Riigikantselei, lk 47
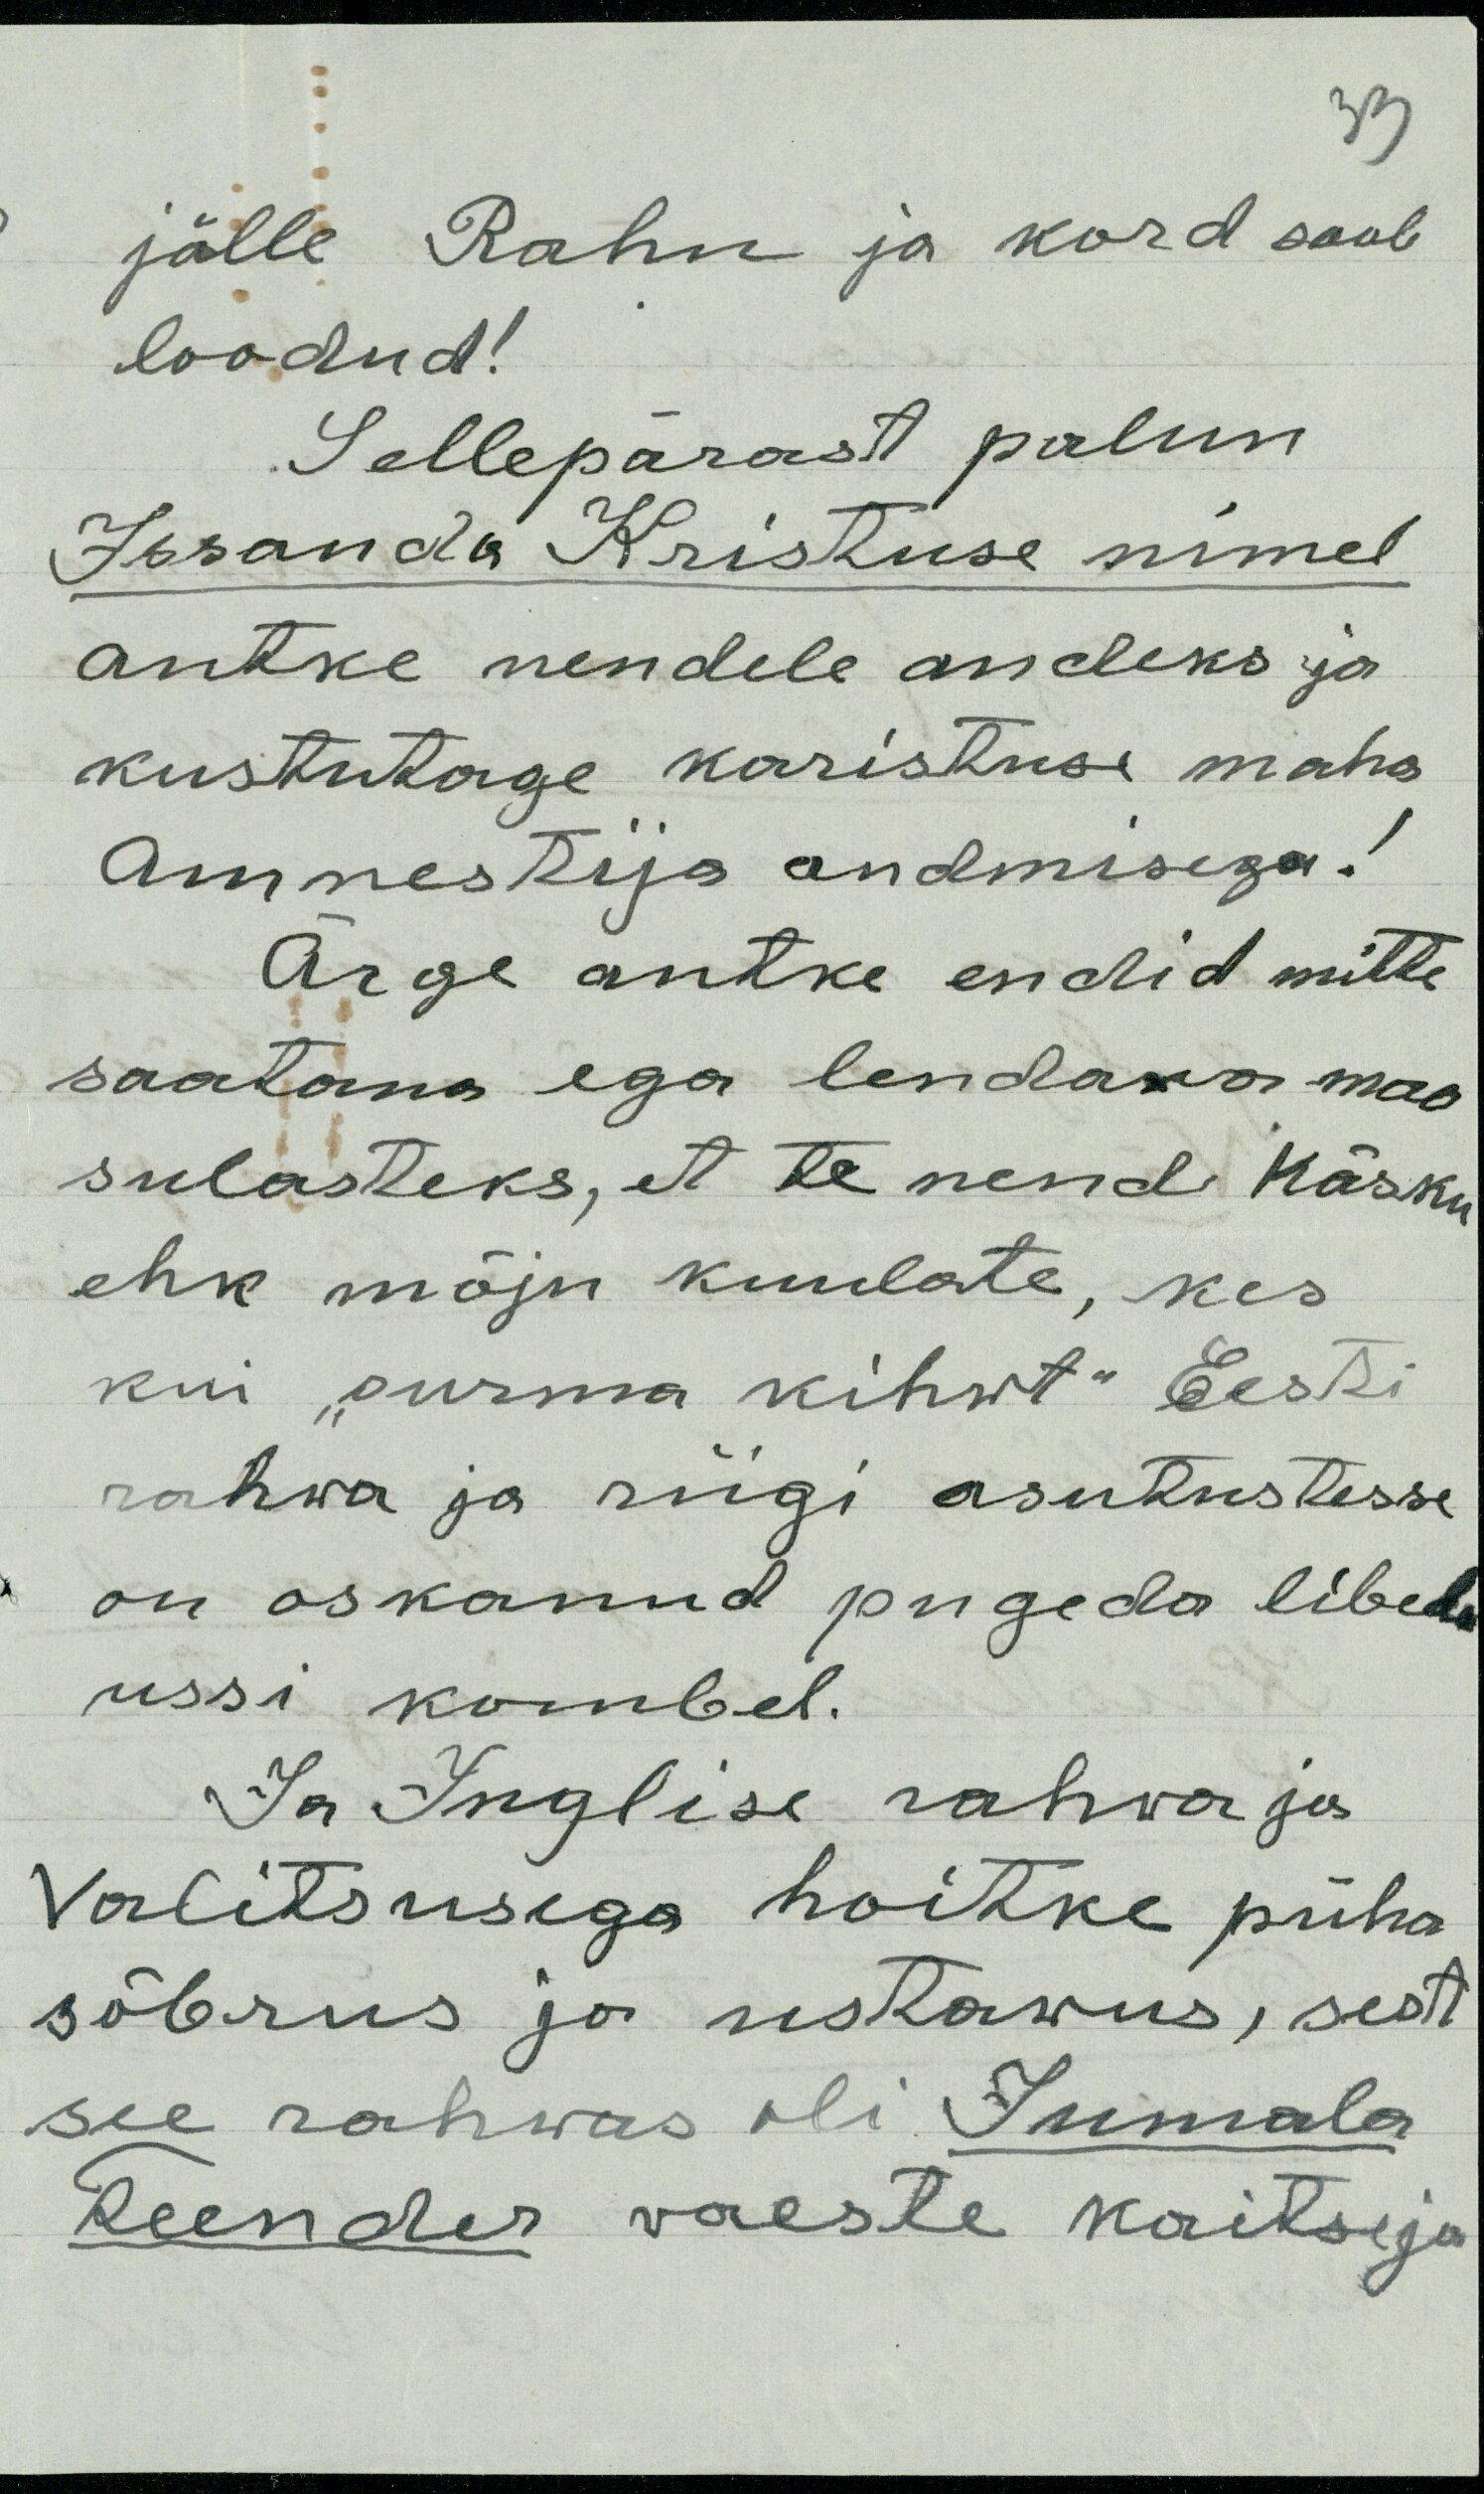
jälle Rahu ja kord saab
loodud!
Sellepärast palun
Issanda Kristuse nimel
antke nendele andeks ja
kustutage karistuse maha
amnestija andmisega!
Ärge antke endid mitte
saatana ega lendava mao
sulasteks, et te nende käsku
ehk mõju kuulate, kes
kui "surma kihwt" Eesti
rahwa ja riigi asutustesse
on oskanud pugeda libeda
ussi kombel.
Ja Inglise rahwa ja
Valitsusega hoitke püha
sõbrus ja ustawus, sest
see rahwas oli Jumala
Teender waeste kaitseja